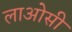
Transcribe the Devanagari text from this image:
लाओसी